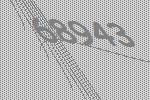
68943